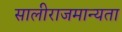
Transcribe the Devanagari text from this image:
सालीराजमान्यता